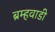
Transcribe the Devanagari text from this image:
ब्रम्हवाडी